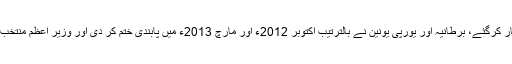
چونکہ مودی ہندوستان میں اہمیت اختیار کرگئے، برطانیہ اور یورپی یونین نے بالترتیب اکتوبر 2012ء اور مارچ 2013ء میں پابندی ختم کر دی اور وزیر اعظم منتخب ہونے کے بعد انہیں واشنگٹن بلایا گیا۔